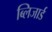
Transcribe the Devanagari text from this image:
ब्लिजार्ड